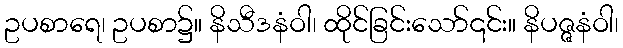
ဥပစာရေ၊ ဥပစာ၌။ နိသီဒနံဝါ၊ ထိုင်ခြင်းသော်၎င်း။ နိပဇ္ဇနံဝါ၊